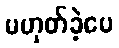
မဟုတ်ခဲ့ပေ